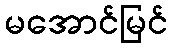
မအောင်မြင်